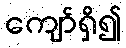
ကျော်ရှိ၍